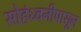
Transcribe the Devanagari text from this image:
सोहंध्वनीपासून